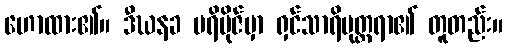
ဟောထား၏။ ဒီဃနခ ပရိဗိုဇ်မှာ ရှင်သာရိပုတ္တရာ၏ တူတည်း။